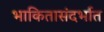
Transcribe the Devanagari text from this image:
भाकितासंदर्भात